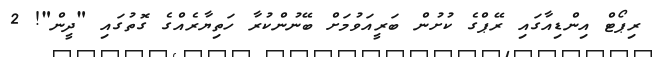
ރިޕޯޓް އިންޑިއާގައި ރޭޕްގެ ކުށުން ބަރީއަވުމަށް ބޭނުންކުރާ ހަތިޔާރެއްގެ ގޮތުގައި "ދީން"! 2